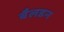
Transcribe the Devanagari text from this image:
बैलडन